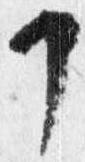
申